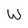
Character: W